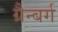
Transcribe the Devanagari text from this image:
ग्रैन्बर्ग